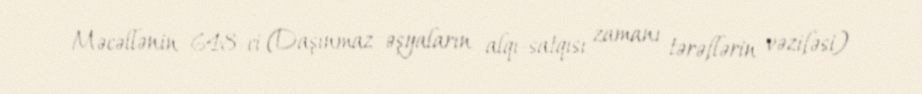
Məcəllənin 648-ci (Daşınmaz əşyaların alqı-satqısı zamanı tərəflərin vəzifəsi)